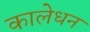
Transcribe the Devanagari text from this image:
कालेधन